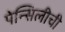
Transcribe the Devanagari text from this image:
पेन्सिलीची